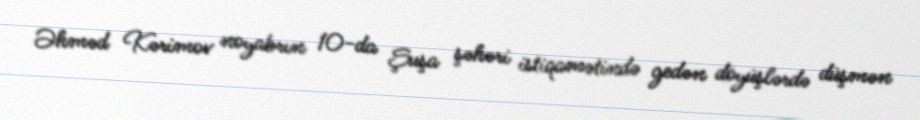
Əhməd Kərimov noyabrın 10-da Şuşa şəhəri istiqamətində gedən döyüşlərdə düşmən